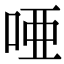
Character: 唖